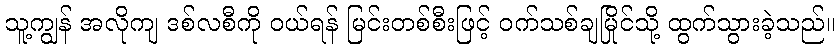
သူ့ကျွန် အလိုကျ ဒစ်လစီကို ဝယ်ရန် မြင်းတစ်စီးဖြင့် ဝက်သစ်ချမြိုင်သို့ ထွက်သွားခဲ့သည်။